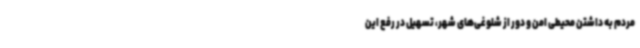
مردم به داشتن محیطی امن و دور از شلوغی‌های شهر، تسهیل در رفع این